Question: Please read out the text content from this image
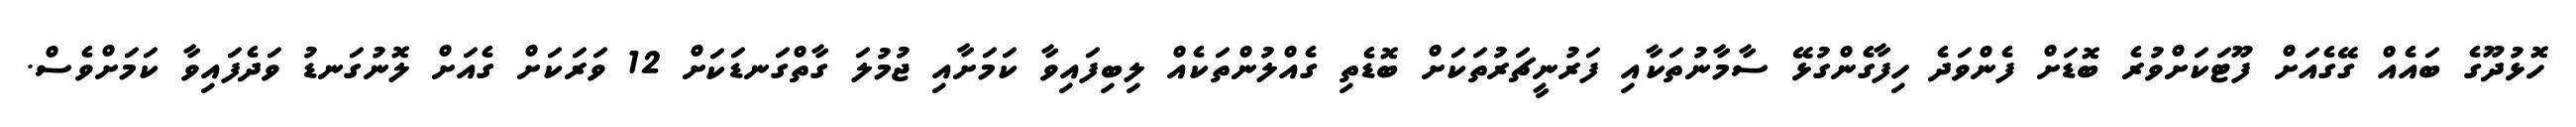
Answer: ހޮޅުދޫގެ ބައެއް ގޭގެއަށް ފޫޓަކަށްވުރެ ބޮޑަށް ފެންވަދެ ހިފާގެންގުޅޭ ސާމާނުތަކާއި ފަރުނީޗަރުތަކަށް ބޮޑެތި ގެއްލުންތަކެއް ލިބިފައިވާ ކަމަށާއި ޖުމުލަ ގާތްގަނޑަކަށް 12 ވަރަކަށް ގެއަށް ލޮނުގަނޑު ވަދެފައިވާ ކަމަށްވެސް.